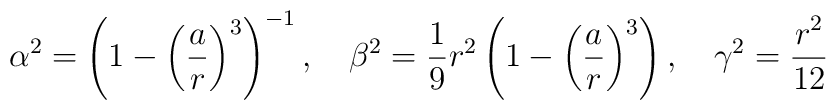
\alpha^2=\left(1-\left({\frac{a}{r}}\right)^{3}\right)^{-1} , \quad\beta^2= \frac19 r^2 \left(1-\left({\frac{a}{r}}  \right)^{3}\right), \quad \gamma^2 =\frac{\displaystyle r^2}{12}